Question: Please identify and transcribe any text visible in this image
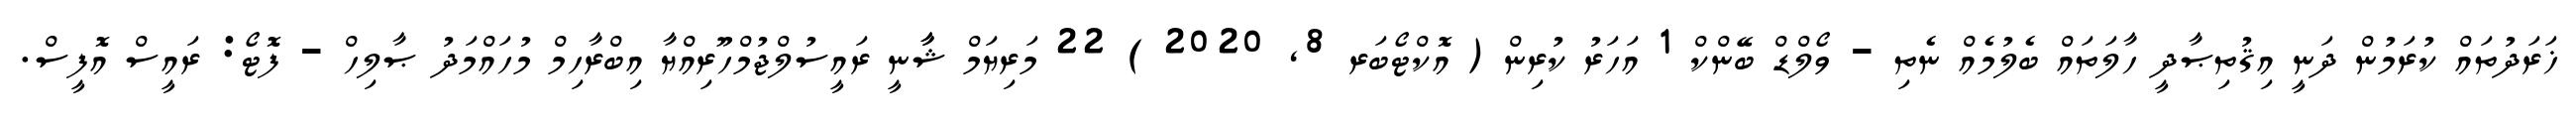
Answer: ޚަރަދުތައް ކުރަމުން ދަނީ އިޤުތިޞާދީ ހާލަތައް ބެލުމެއް ނެތި - ވޯލްޑް ބޭންކް 1 އަހަރު ކުރިން ( އޮކްޓޯބަރ 8, 2020 ) 22 މަރިޔަމް ޝާާނީ ރައީސުލްޖުމްހޫރިއްޔާ އިބްރާހިމް މުހައްމަދު ޞާލިހް - ފޮޓޯ: ރައީސް އޮފީސް.